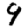
Digit: 9